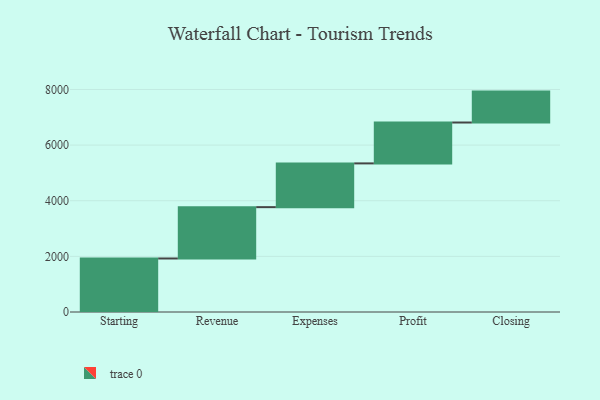
{"axis": {"x": "Step", "y": "Value"}, "legend": [""], "data": [{"x": "Starting", "y": 1924.0, "type": ""}, {"x": "Revenue", "y": 1845.0, "type": ""}, {"x": "Expenses", "y": 1573.0, "type": ""}, {"x": "Profit", "y": 1470.0, "type": ""}, {"x": "Closing", "y": 1111.0, "type": ""}]}